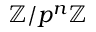
\mathbb { Z } / p ^ { n } \mathbb { Z }